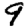
Digit: 9